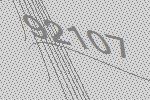
92107